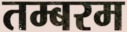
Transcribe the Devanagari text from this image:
तम्बरम